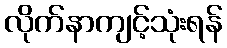
လိုက်နာကျင့်သုံးရန်